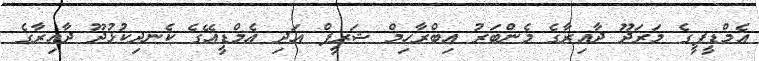
އެމްޑީޕީގެ މަރަދޫ ދާއިރާގެ މެންބަރު އިބްރާހިމް ޝަރީފް އަދި އެމްޑީއޭގެ ކެނދިކުޅުދޫ ދާއިރާގެ